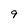
Character: 9